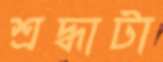
শ্রদ্ধাটা